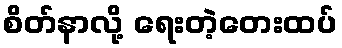
စိတ်နာလို့ ရေးတဲ့တေးထပ်